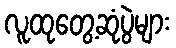
လူထုတွေ့ဆုံပွဲများ